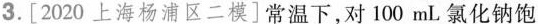
3.[2020上海杨浦区二模]常温下，对100mL氯化钠饱